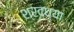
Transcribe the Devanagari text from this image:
श्रद्ध्या